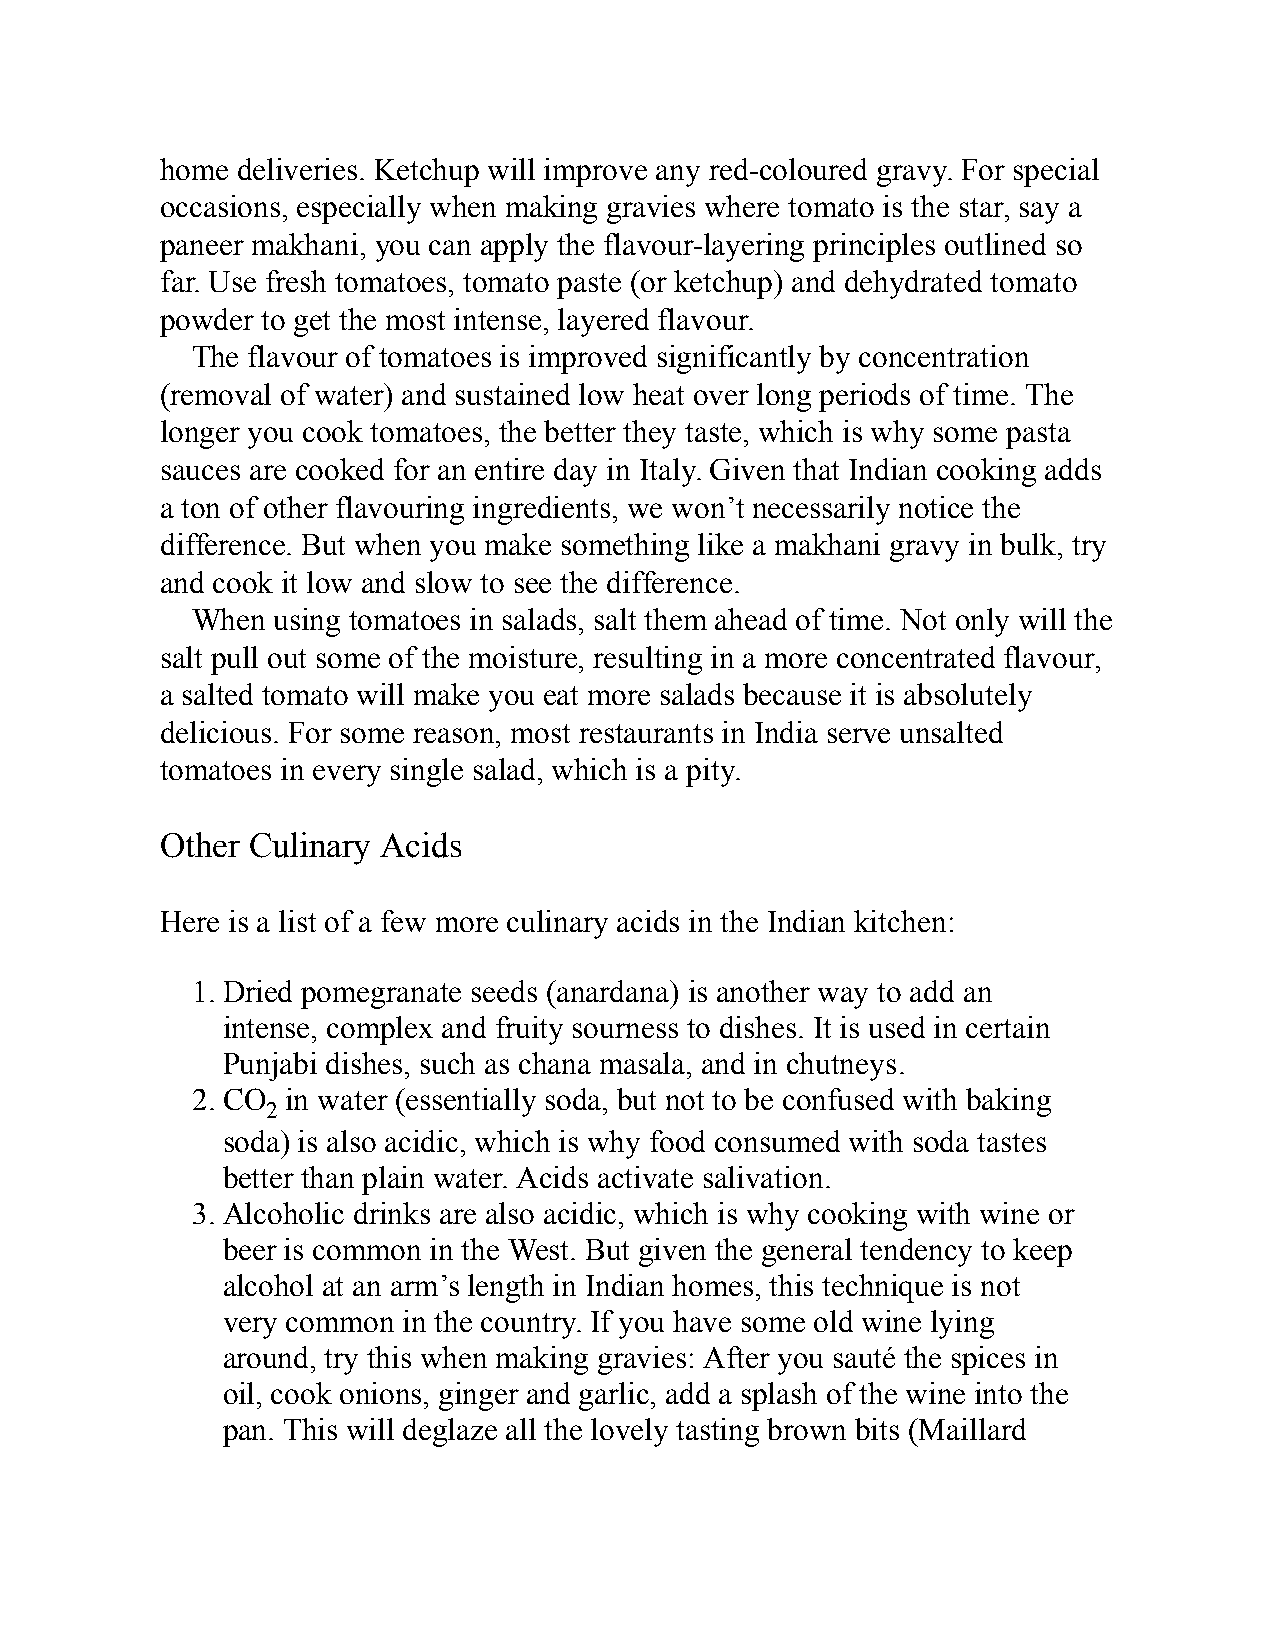
home deliveries. Ketchup will improve any red-coloured gravy. For special
 occasions, especially when making gravies where tomato is the star, say a
 paneer makhani, you can apply the flavour-layering principles outlined so
 far. Use fresh tomatoes, tomato paste (or ketchup) and dehydrated tomato
 powder to get the most intense, layered flavour.
 The flavour of tomatoes is improved significantly by concentration
 (removal of water) and sustained low heat over long periods of time. The
 longer you cook tomatoes, the better they taste, which is why some pasta
 sauces are cooked for an entire day in Italy. Given that Indian cooking adds
 a ton of other flavouring ingredients, we won’t necessarily notice the
 difference. But when you make something like a makhani gravy in bulk, try
 and cook it low and slow to see the difference.
 When using tomatoes in salads, salt them ahead of time. Not only will the
 salt pull out some of the moisture, resulting in a more concentrated flavour,
 a salted tomato will make you eat more salads because it is absolutely
 delicious. For some reason, most restaurants in India serve unsalted
 tomatoes in every single salad, which is a pity.
 Other Culinary Acids
 Here is a list of a few more culinary acids in the Indian kitchen:
 1. Dried pomegranate seeds (anardana) is another way to add an
 intense, complex and fruity sourness to dishes. It is used in certain
 Punjabi dishes, such as chana masala, and in chutneys.
 2. CO in water (essentially soda, but not to be confused with baking
 2
 soda) is also acidic, which is why food consumed with soda tastes
 better than plain water. Acids activate salivation.
 3. Alcoholic drinks are also acidic, which is why cooking with wine or
 beer is common in the West. But given the general tendency to keep
 alcohol at an arm’s length in Indian homes, this technique is not
 very common in the country. If you have some old wine lying
 around, try this when making gravies: After you sauté the spices in
 oil, cook onions, ginger and garlic, add a splash of the wine into the
 pan. This will deglaze all the lovely tasting brown bits (Maillard